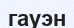
гауэн